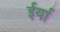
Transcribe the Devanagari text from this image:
ईर्या